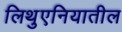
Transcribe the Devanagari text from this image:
लिथुएनियातील